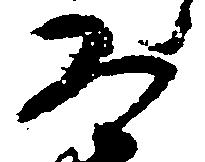
道